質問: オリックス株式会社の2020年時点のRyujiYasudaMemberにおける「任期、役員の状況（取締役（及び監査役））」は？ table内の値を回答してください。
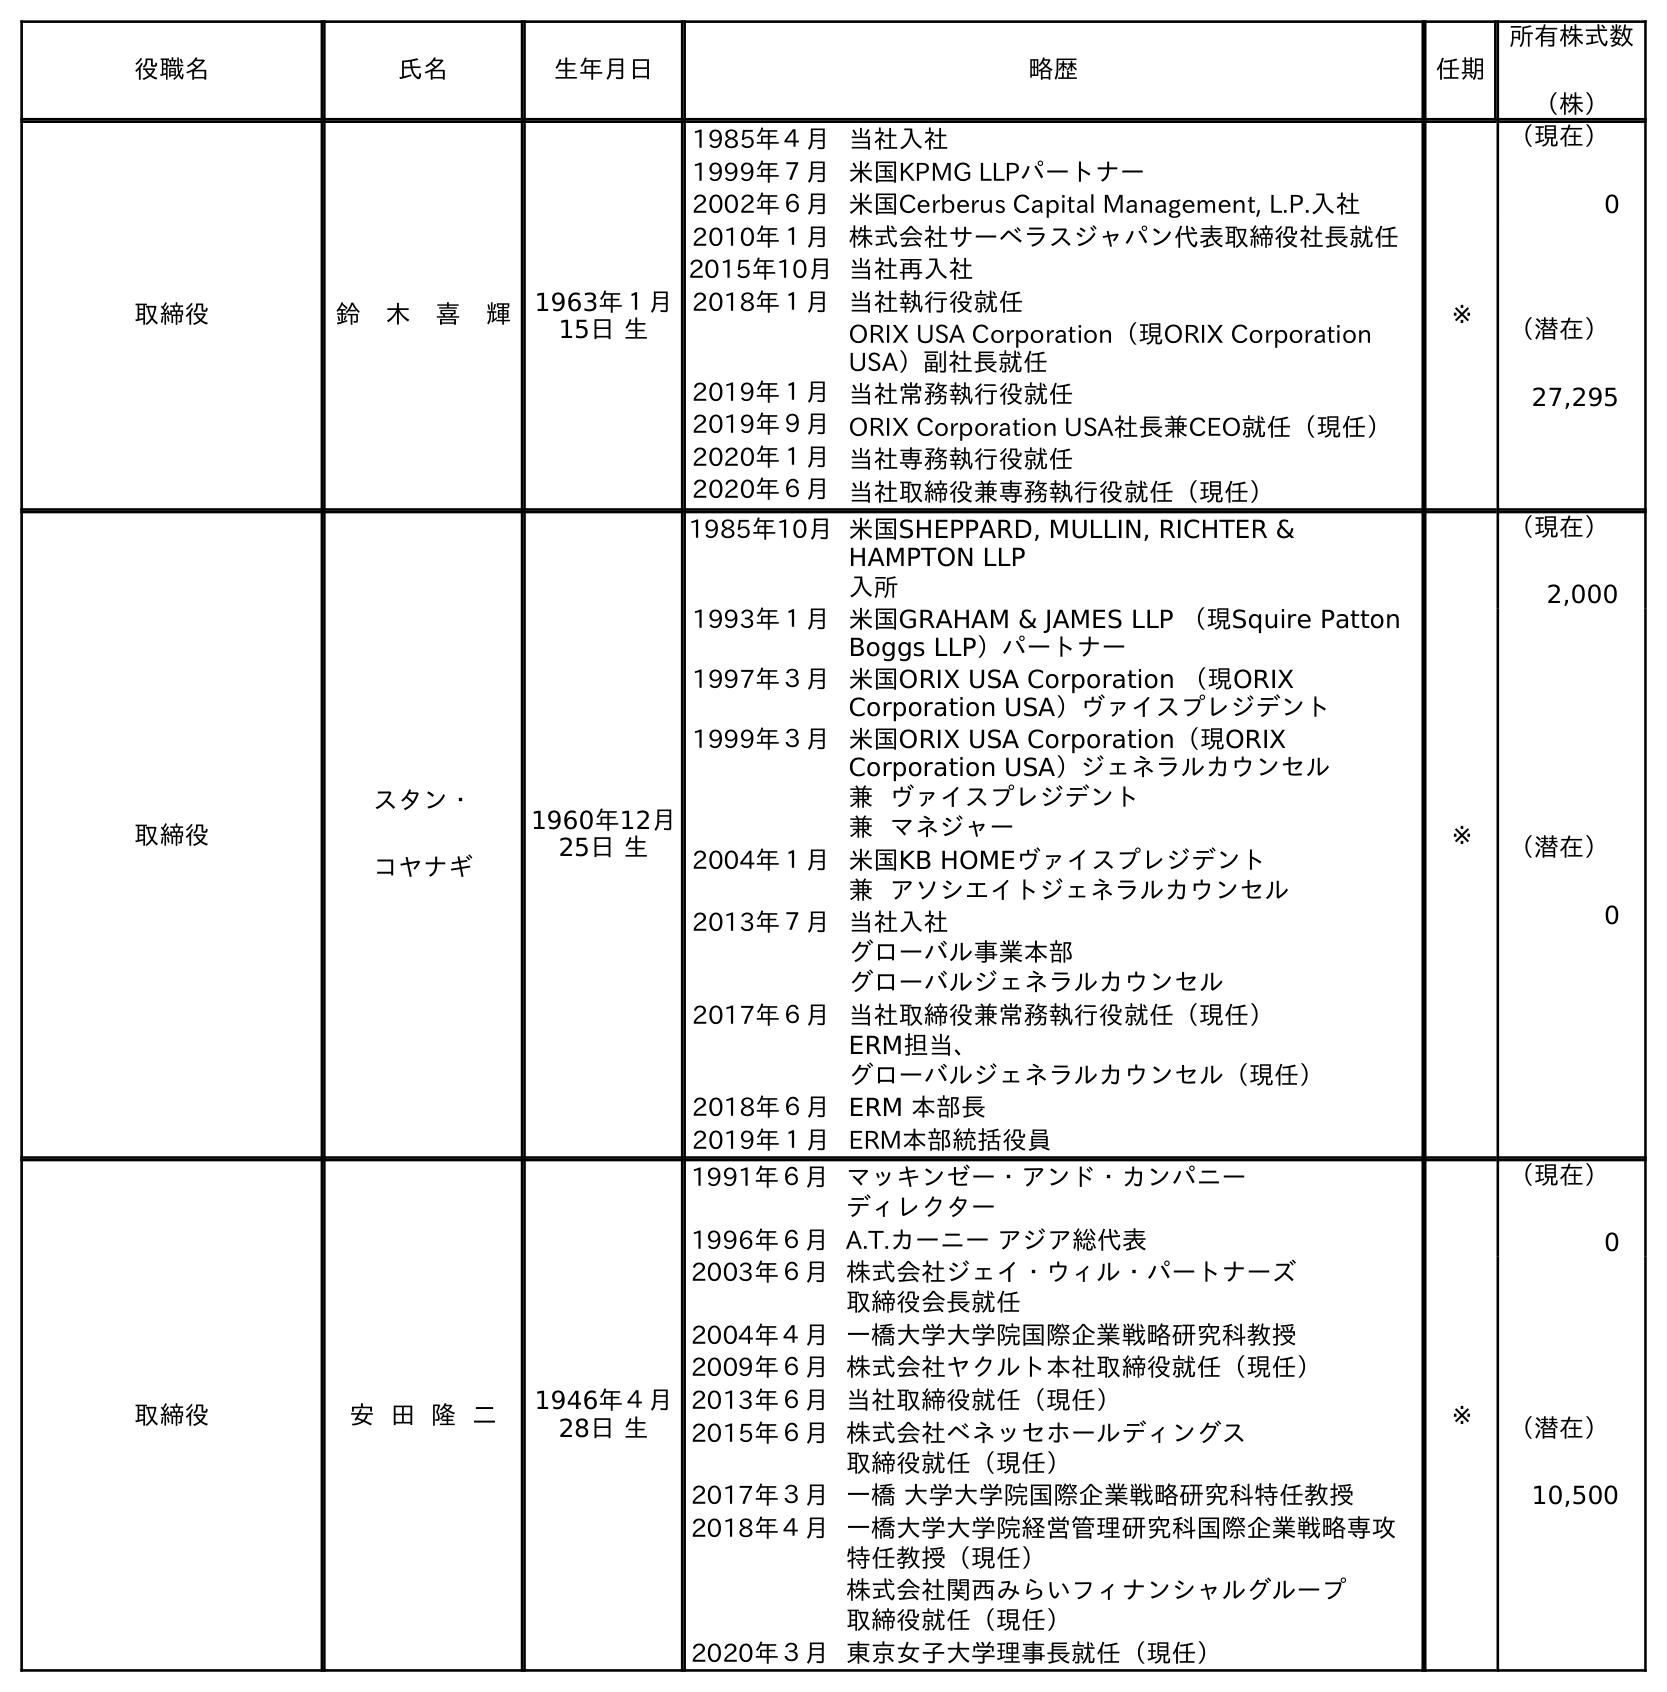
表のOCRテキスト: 役職名 氏名 生年月日 略歴 任期 所有株式数 （株） 取締役 鈴 木 喜 輝 1963年１月 15日 生 1985年４月当社入社 1999年７月米国KPMG LLPパートナー 2002年６月米国Cerberus Capital Management, L.P.入社 2010年１月株式会社サーベラスジャパン代表取締役社長就任 2015年10月当社再入社 2018年１月当社執行役就任 ORIX USA Corporation（現ORIX Corporation USA）副社長就任 2019年１月当社常務執行役就任 2019年９月ORIX Corporation USA社長兼CEO就任（現任） 2020年１月当社専務執行役就任 2020年６月当社取締役兼専務執行役就任（現任） ※ （現在） 0 （潜在） 27,295 取締役 スタン・ コヤナギ 1960年12月 25日 生 1985年10月米国SHEPPARD, MULLIN, RICHTER & HAMPTON LLP 入所 1993年１月米国GRAHAM & JAMES LLP （現Squire Patton Boggs LLP）パートナー 1997年３月米国ORIX USA Corporation （現ORIX Corporation USA）ヴァイスプレジデント 1999年３月米国ORIX USA Corporation（現ORIX Corporation USA）ジェネラルカウンセル 兼 ヴァイスプレジデント 兼 マネジャー 2004年１月米国KB HOMEヴァイスプレジデント 兼 アソシエイトジェネラルカウンセル 2013年７月当社入社 グローバル事業本部 グローバルジェネラルカウンセル 2017年６月当社取締役兼常務執行役就任（現任） ERM担当、 グローバルジェネラルカウンセル（現任） 2018年６月ERM 本部長 2019年１月ERM本部統括役員 ※ （現在） 2,000 （潜在） 0 取締役 安 田 隆 二 1946年４月 28日 生 1991年６月マッキンゼー・アンド・カンパニー ディレクター 1996年６月A.T.カーニー アジア総代表 2003年６月株式会社ジェイ・ウィル・パートナーズ 取締役会長就任 2004年４月一橋大学大学院国際企業戦略研究科教授 2009年６月株式会社ヤクルト本社取締役就任（現任） 2013年６月当社取締役就任（現任） 2015年６月株式会社ベネッセホールディングス 取締役就任（現任） 2017年３月一橋 大学大学院国際企業戦略研究科特任教授 2018年４月一橋大学大学院経営管理研究科国際企業戦略専攻 特任教授（現任） 株式会社関西みらいフィナンシャルグループ 取締役就任（現任） 2020年３月東京女子大学理事長就任（現任） ※ （現在） 0 （潜在） 10,500
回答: ※